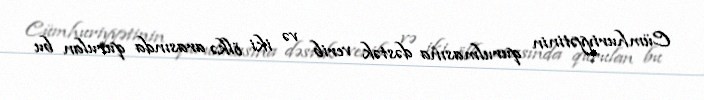
Cümhuriyyətinin qurulmasına dəstək verib və iki ölkə arasında qurulan bu